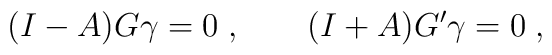
(I-A)G\gamma = 0\;, \qquad (I+A)G'\gamma = 0\;,